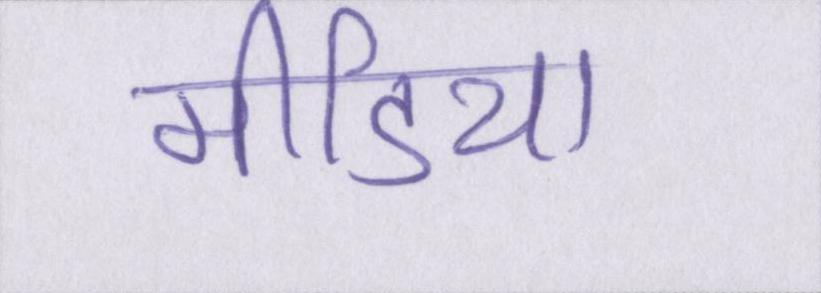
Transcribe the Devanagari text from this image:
मीडिया